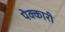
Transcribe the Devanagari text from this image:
पेक्कारी